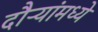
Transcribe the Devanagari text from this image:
दौऱ्यांमध्ये